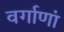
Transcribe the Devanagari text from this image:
वर्गाणां